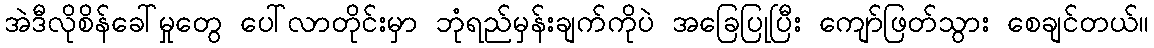
အဲဒီလိုစိန်ခေါ်မှုတွေ ပေါ်လာတိုင်းမှာ ဘုံရည်မှန်းချက်ကိုပဲ အခြေပြုပြီး ကျော်ဖြတ်သွား စေချင်တယ်။